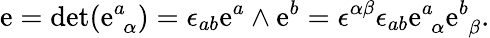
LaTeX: \mathrm{e}=\mathrm{{d\mathrm{e}t}}(\mathrm{e}_{\, \, \alpha}^{a})=\epsilon_{ab}\mathrm{e}^{a}\wedge\mathrm{e}^{b}=\epsilon^{\alpha\beta}\epsilon_{ab}\mathrm{e}_{\, \, \alpha}^{a}\mathrm{e}_{\, \, \beta}^{b}.